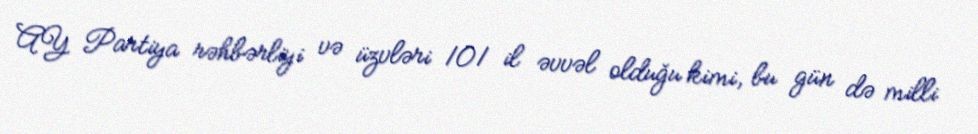
AY Partiya rəhbərliyi və üzvləri 101 il əvvəl olduğu kimi, bu gün də milli